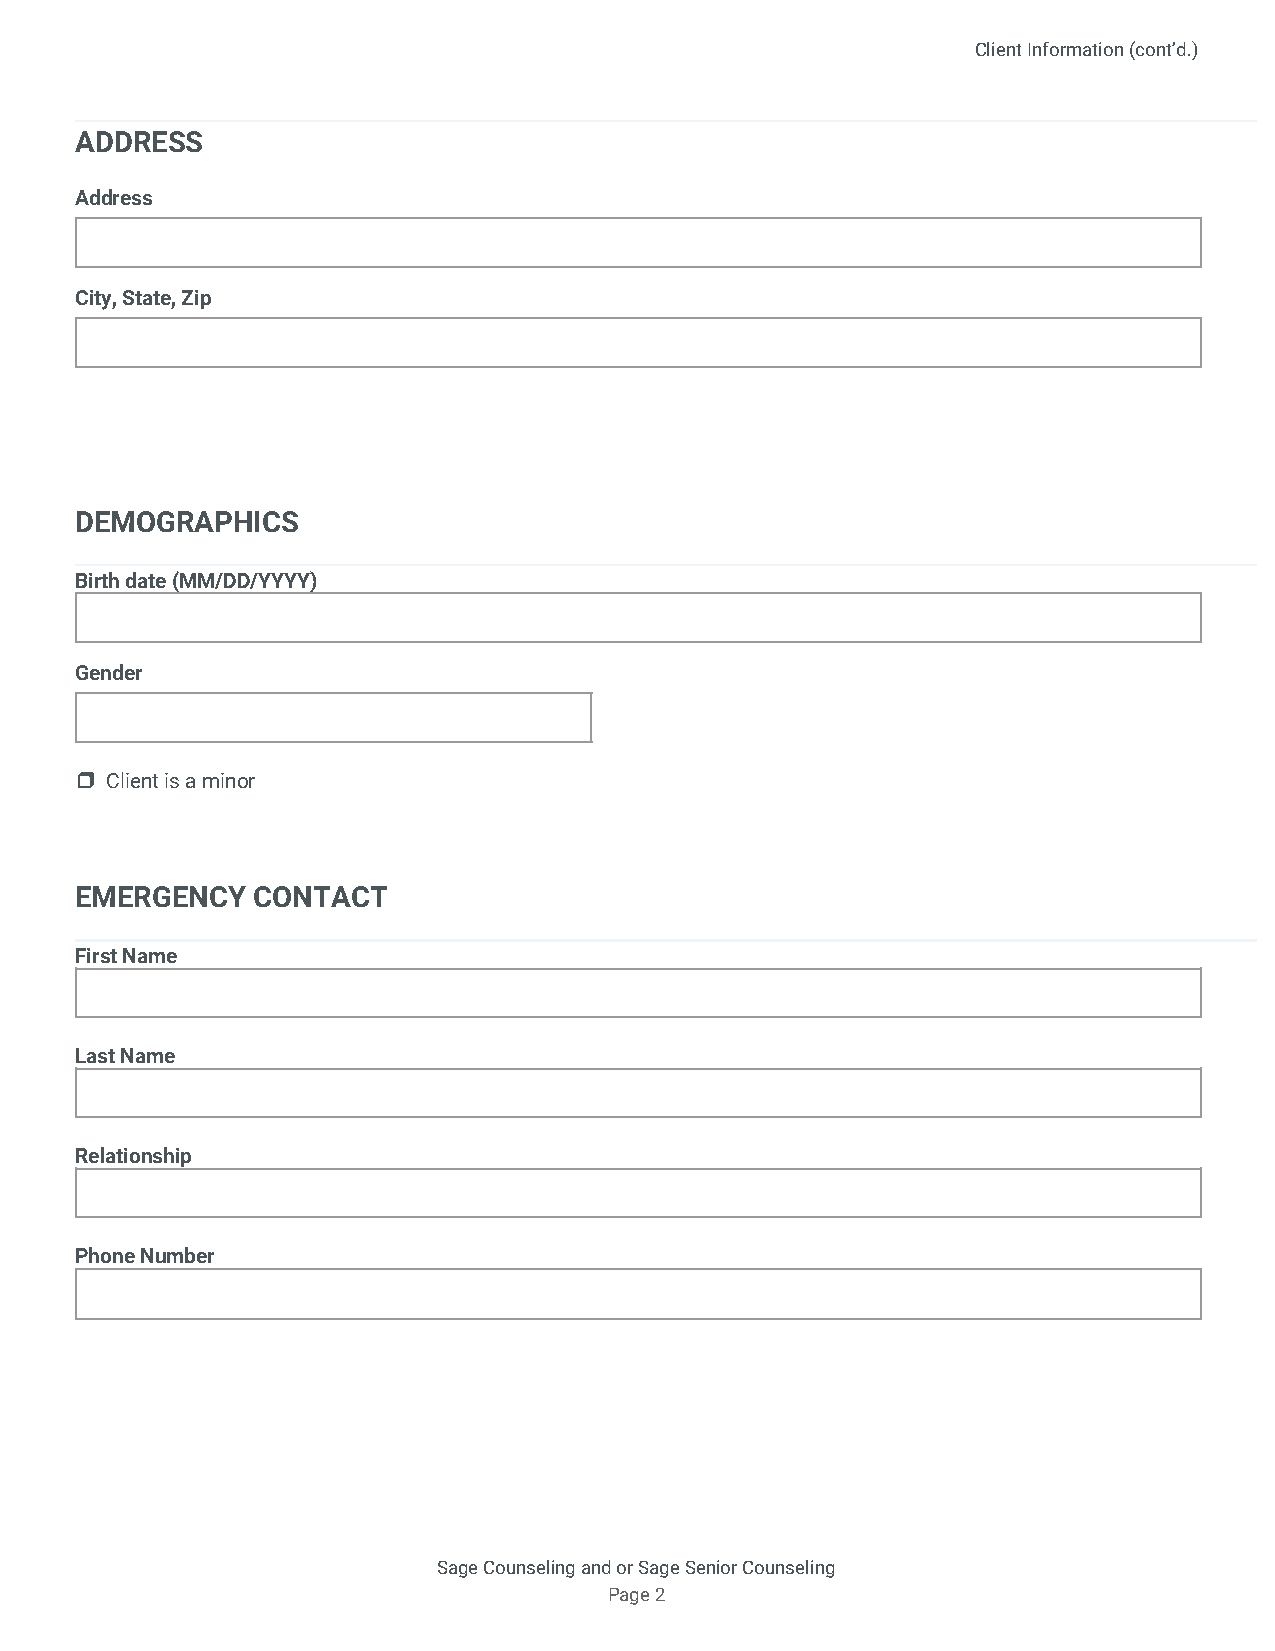
Client Information (cont’d.)
 ADDRESS
 Address
 City, State, Zip
 DEMOGRAPHICS
 Birth date (MM/DD/YYYY)
 Gender
 ❒​ Client is a minor
 EMERGENCY   CONTACT
 First Name
 Last Name
 Relationship
 Phone Number
 Sage Counseling and or Sage Senior Counseling
 Page 2